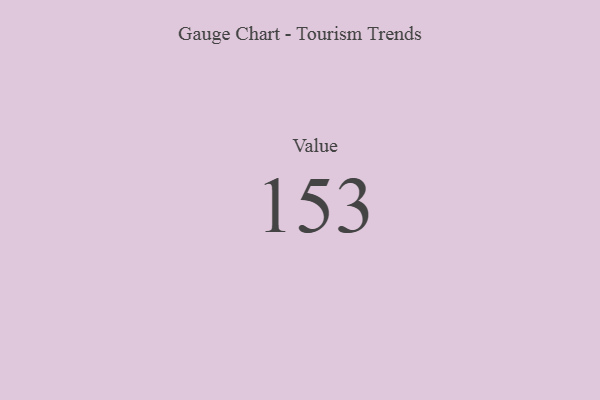
{"axis": {"x": "Metric", "y": "Value"}, "legend": [""], "data": [{"x": "Value", "y": 153, "type": ""}]}